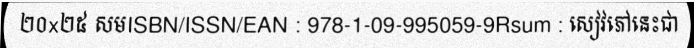
២០x២៥ សមISBN/ISSN/EAN : 978-1-09-995059-9Rsum : សៀវភៅនេះជា